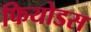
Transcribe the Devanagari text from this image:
फियोडस